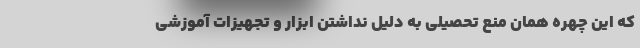
که این چهره همان منع تحصیلی به دلیل نداشتن ابزار و تجهیزات آموزشی